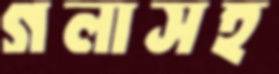
গলাসহ